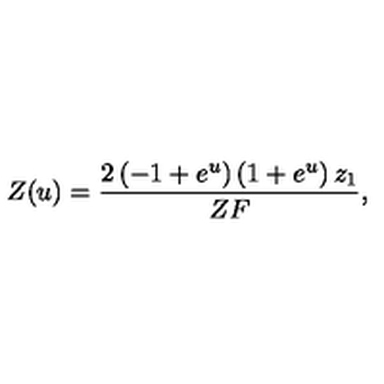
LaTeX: Z ( u ) = { \frac { 2 \left( - 1 + { e ^ { u } } \right) \left( 1 + { e ^ { u } } \right) { z _ { 1 } } } { Z F } } ,